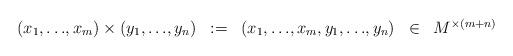
LaTeX: \begin{align*}\begin{array}{r c c c l}(x_1,{\dots},x_m)\times (y_1,{\dots},y_n) & := & (x_1,{\dots},x_m,y_1,{\dots},y_n) & \in & M^{\times (m+n)}\end{array}\end{align*}